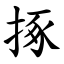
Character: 㧻